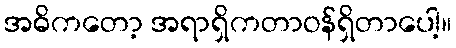
အဓိကတော့ အရာရှိကတာဝန်ရှိတာပေါ့။